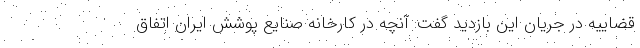
قضاییه در جریان این بازدید گفت: آنچه در کارخانه صنایع پوشش ایران اتفاق